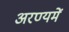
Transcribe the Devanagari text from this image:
अरण्यमें